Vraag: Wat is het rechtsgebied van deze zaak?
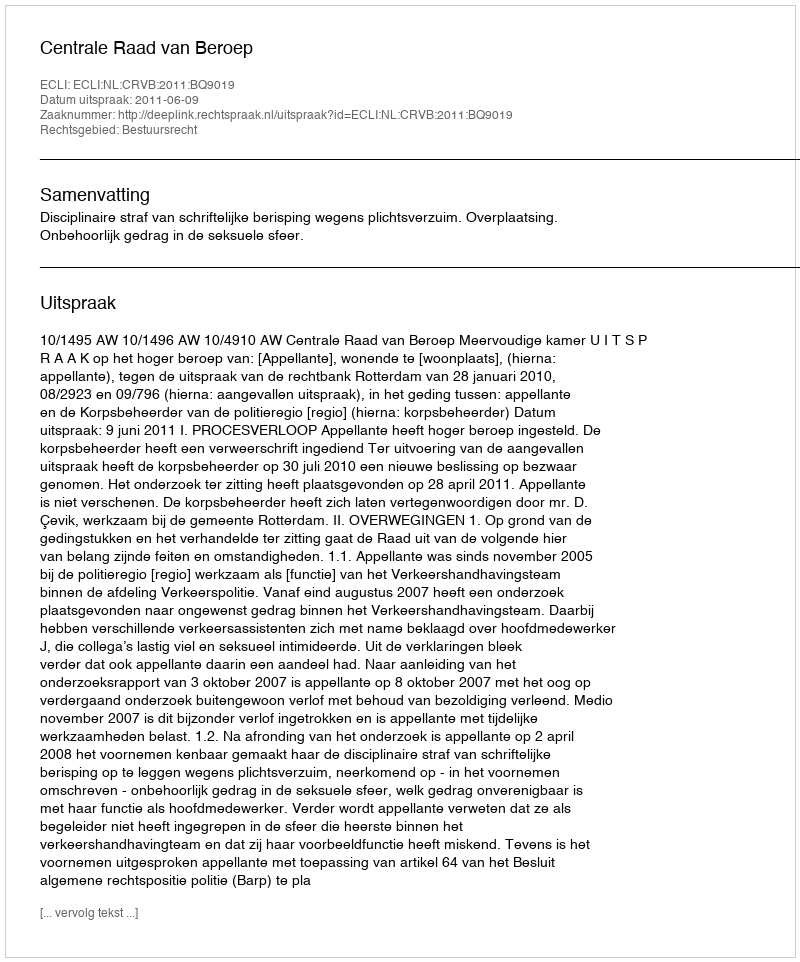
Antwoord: Bestuursrecht